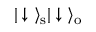
| \downarrow \ \rangle _ { \mathrm { s } } | \downarrow \ \rangle _ { \mathrm { o } }